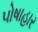
પોષાહાર